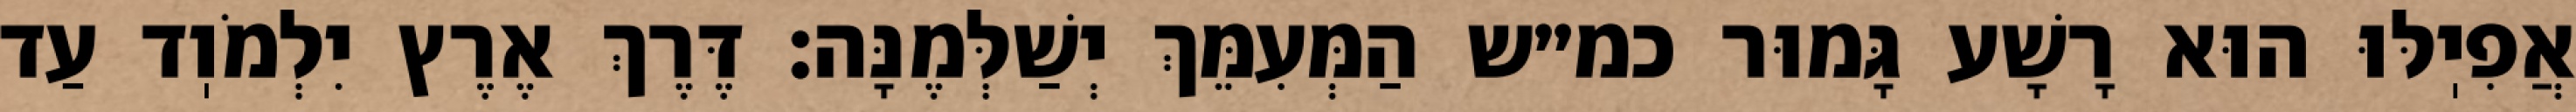
אֲפִיֽלּוּ הוּא רָשָׁע גָּמוּר כמ״ש הַמְּעִמֵּךְ יְשַׁלְּמֶנָּה: דֶּרֶךְ אֶרֶץ יִלְמֹוֽד עַד